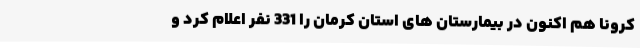
کرونا هم اکنون در بیمارستان های استان کرمان را 331 نفر اعلام کرد و